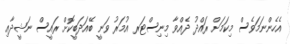
އެހެންނަމަވެސް މިކަމަށް ރައްދު ދެއްވާ މިނިސްޓަރ އުމަރު ވަނީ ބޭއަދަބީކޮށް ރައީސް ނަޝީދާއި